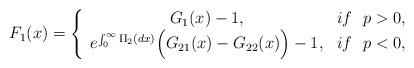
LaTeX: \begin{align*}F_1(x)=\left\{\begin{array}{cc}G_1(x)-1, & if \ \ p > 0,\\e^{\int_{0}^{\infty}\Pi_2(dx)}\Big(G_{21}(x)-G_{22}(x)\Big)-1, & if \ \ p < 0,\end{array}\right.\end{align*}